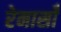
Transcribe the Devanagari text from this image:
रेनासाँ